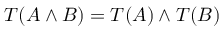
T ( A \land B ) = T ( A ) \land T ( B )